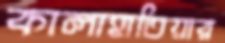
কালাহাতিয়ার